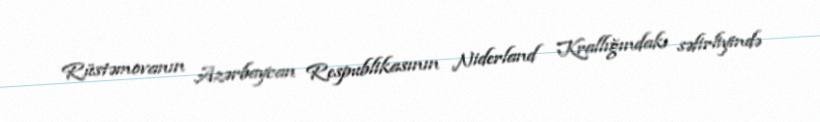
Rüstəmovanın Azərbaycan Respublikasının Niderland Krallığındakı səfirliyində